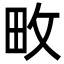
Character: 畋